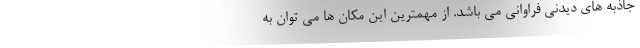
جاذبه های دیدنی فراوانی می باشد. از مهمترین این مکان ها می توان به